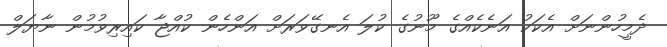
ދެމީހުންނަށް އެކަކު އަނެކެއްގެ މޫނުގެ ކުލަ އެނގޭވަރަށް އަންހެން ކުއްޖާ ކައިރިވުމުން ނާޔަލް